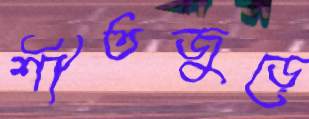
শীতজুড়ে